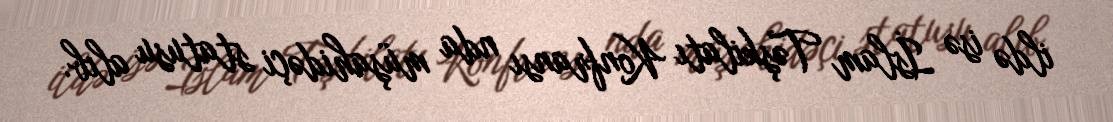
ildə isə İslam Təşkilatı Konfransı nda müşahidəçi statusu alıb.